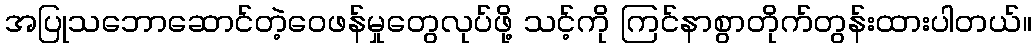
အပြုသဘောဆောင်တဲ့ဝေဖန်မှုတွေလုပ်ဖို့ သင့်ကို ကြင်နာစွာတိုက်တွန်းထားပါတယ်။